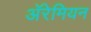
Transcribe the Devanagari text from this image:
अॅरेमियन